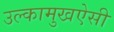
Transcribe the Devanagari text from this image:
उल्कामुखऐसी